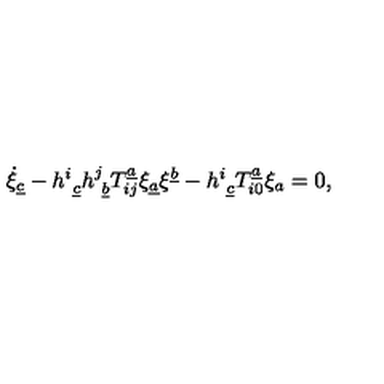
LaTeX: \dot { \xi } _ { \underline { { c } } } - { h } _ { \ \underline { { c } } } ^ { i } { h } _ { \ \underline { { b } } } ^ { j } T _ { i j } ^ { \underline { { a } } } \xi _ { \underline { { a } } } \xi ^ { \underline { { b } } } - { h } _ { \ \underline { { c } } } ^ { i } T _ { i 0 } ^ { \underline { { a } } } \xi _ { { a } } = 0 ,